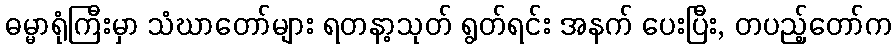
ဓမ္မာရုံကြီးမှာ သံဃာတော်များ ရတနာ့သုတ် ရွတ်ရင်း အနက် ပေးပြီး, တပည့်တော်က